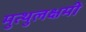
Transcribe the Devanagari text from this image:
मुत्थुलक्षमी